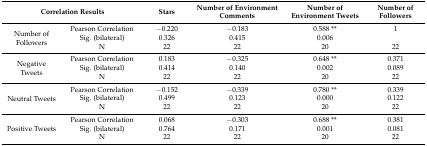
| <COLSPAN=2> Correlation Results | Stars | Number of Environment Comments | Number of Environment Tweets | Number of Followers |
 | --- | --- | --- | --- | --- | --- |
 | <ROWSPAN=3> Number of Followers | Pearson Correlation | −0.220 | −0.183 | 0.588 ** | 1 |
 | Sig. (bilateral) | 0.326 | 0.415 | 0.006 |  |
 | N | 22 | 22 | 20 | 22 |
 | <ROWSPAN=3> Negative Tweets | Pearson Correlation | 0.183 | −0.325 | 0.648 ** | 0.371 |
 | Sig. (bilateral) | 0.414 | 0.140 | 0.002 | 0.089 |
 | N | 22 | 22 | 20 | 22 |
 | <ROWSPAN=3> Neutral Tweets | Pearson Correlation | −0.152 | −0.339 | 0.780 ** | 0.339 |
 | Sig. (bilateral) | 0.499 | 0.123 | 0.000 | 0.122 |
 | N | 22 | 22 | 20 | 22 |
 | <ROWSPAN=3> Positive Tweets | Pearson Correlation | 0.068 | −0.303 | 0.688 ** | 0.381 |
 | Sig. (bilateral) | 0.764 | 0.171 | 0.001 | 0.081 |
 | N | 22 | 22 | 20 | 22 |